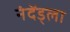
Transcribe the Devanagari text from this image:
नंदेंड्ला